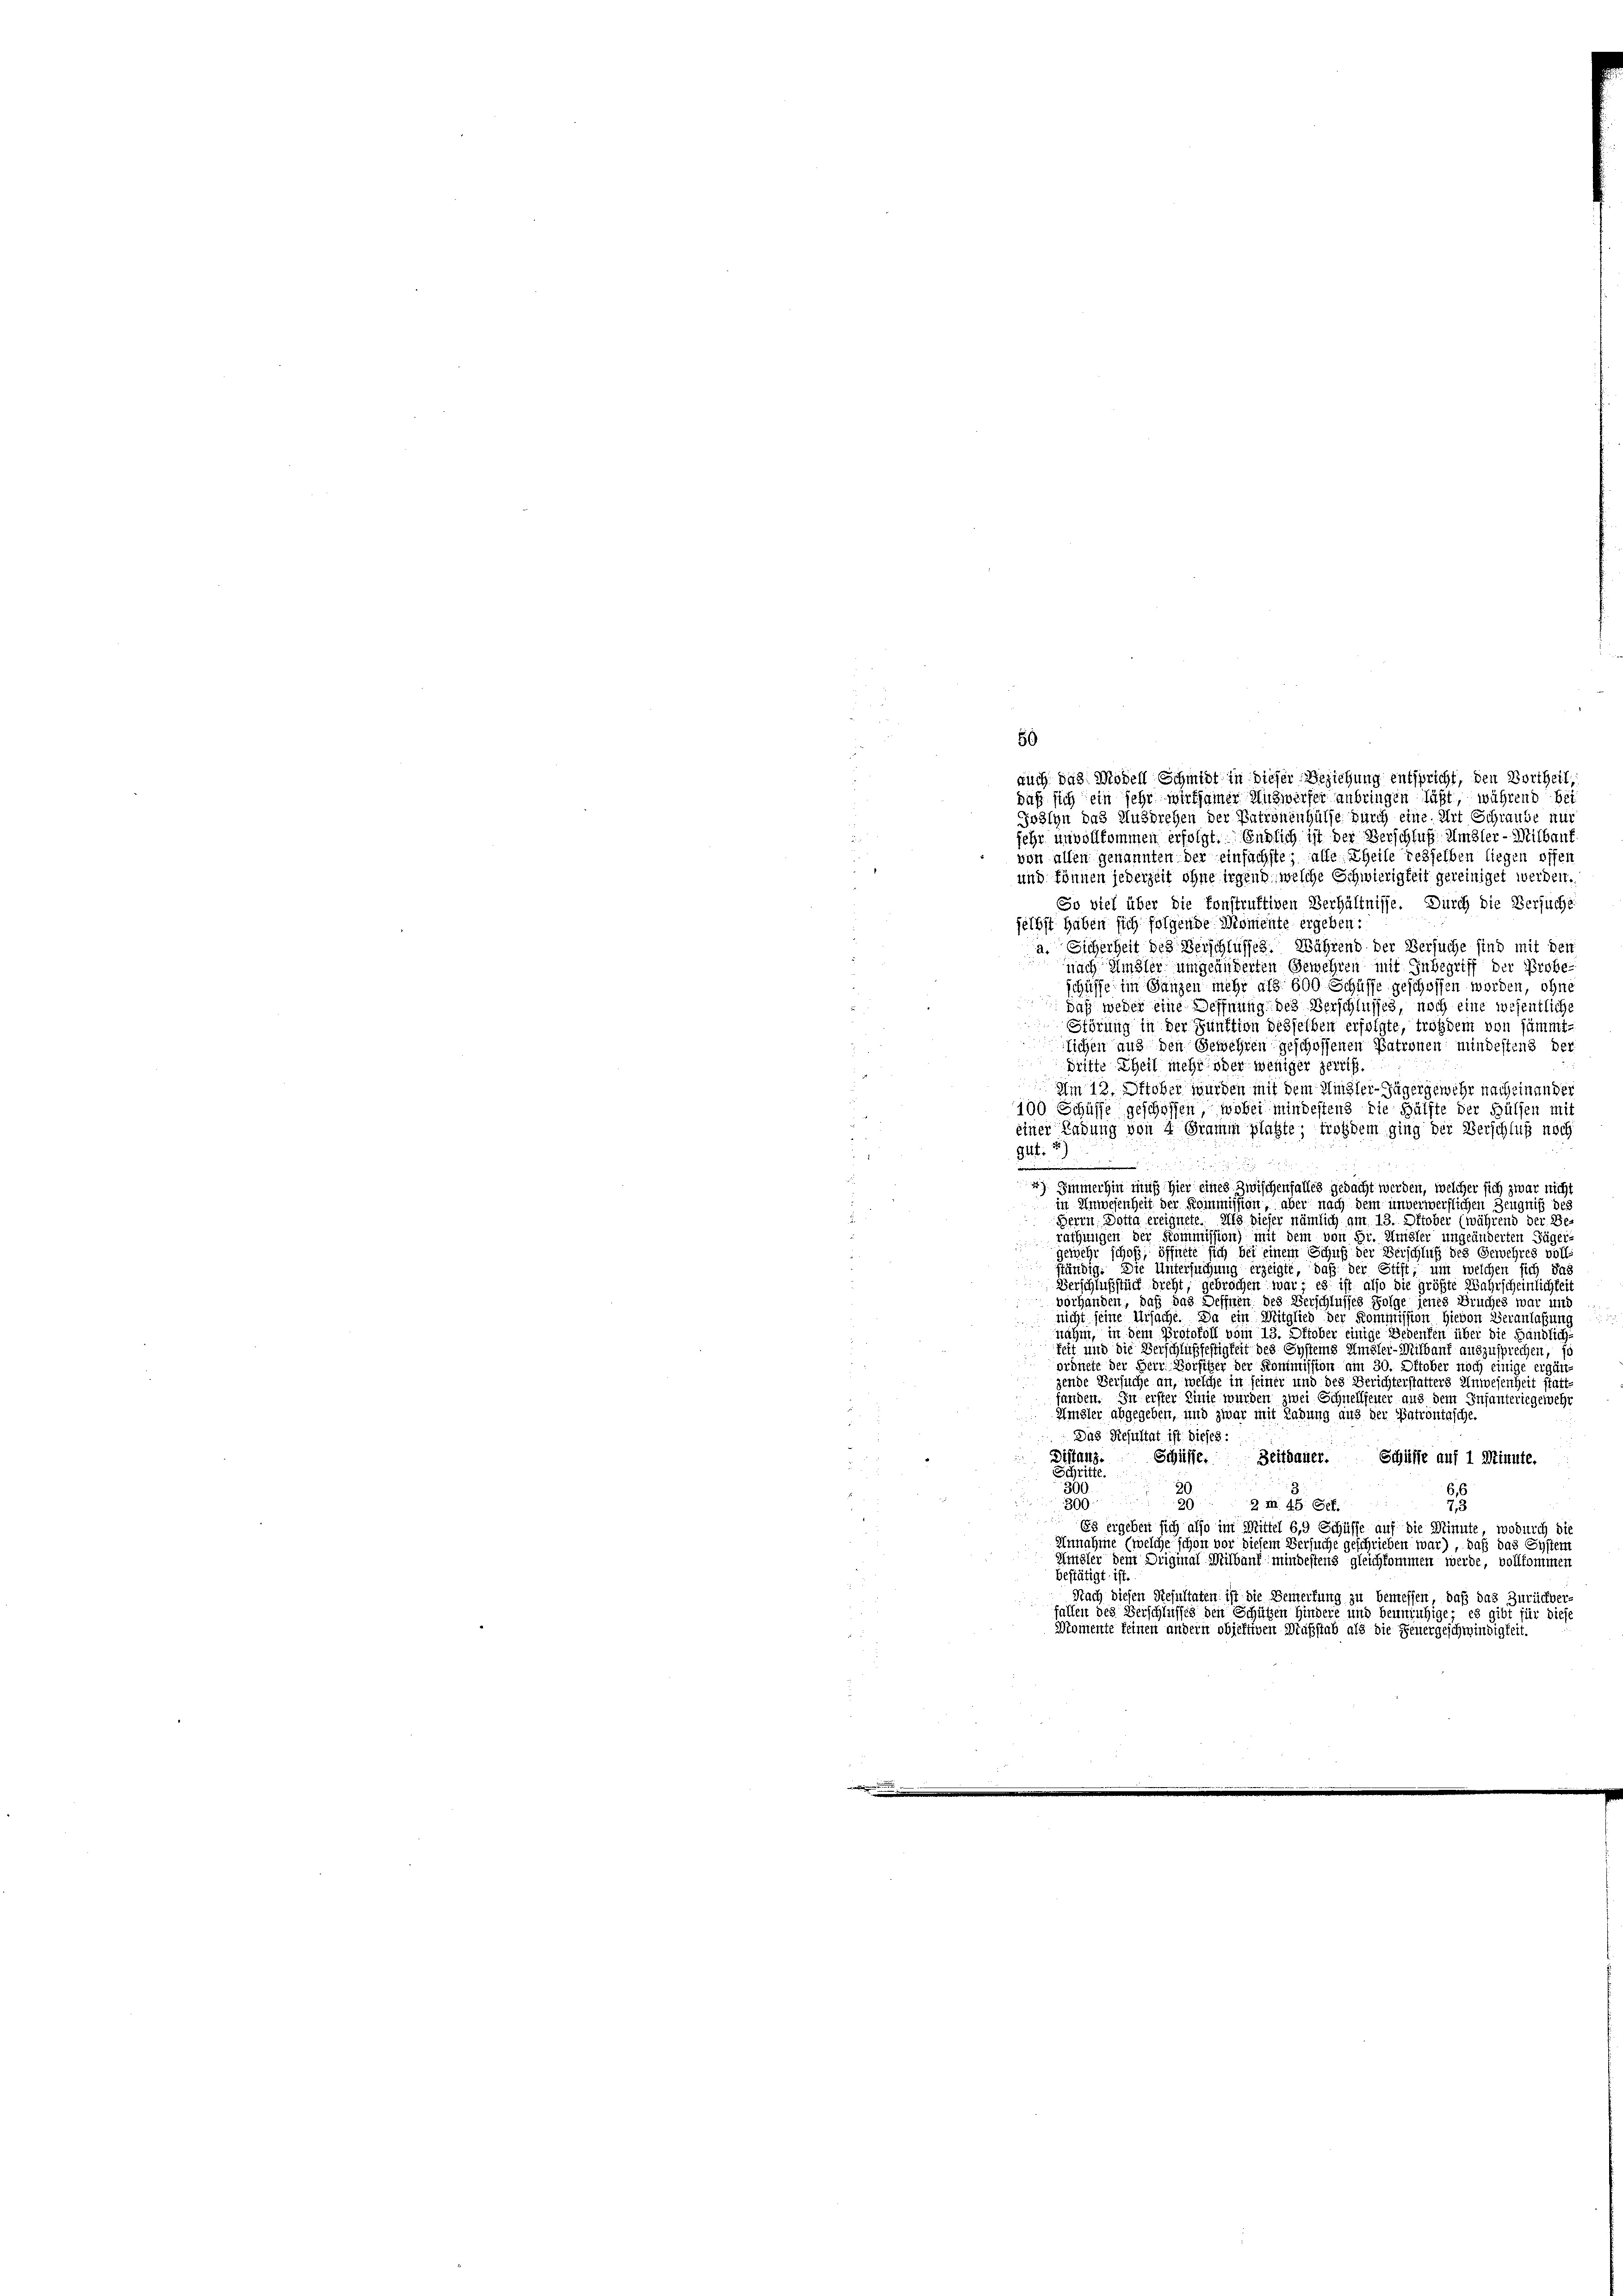
3
u
.
auch das Modell Schmidt in dieser Beziehung entspricht, den Vortheil,
daß sich ein sehr wirtsamer Auswerfer anbringen läßt, während bei
Joslyn das Ausbrehen der Patronenhülfe durch eine Art Schraube nur
fehr unvollkommen erfolgt. Endlich ist der Verschluß. Umster-Milbaut
u
von allen genannten der einfachste; alle Theile desselben liegen offen
.
und können jederzeit ohne irgend, welche Schwierigkeit gereiniget werden.
So viel über die konstruktiven Verhältnisse. Durch die Versuchs
selbst haben sich folgende Momente ergeben:
a. Eicherheit des Verschlusses. Während der Versuche sind mit den
i
nach Umster umgeänderten Gewehren mit Inbegriff der Probe-
d
schüsse im Ganzen mehr als 600 Schüffe geschossen worden, ohne
daß weder eine Oeffnung des Verschlusses, noch eine wesentliche
e
Störung in der Punktion desselben erfolgte, trotzdem von sämmt
lichen aus den Gewehren geschossenen Patronen mindestens der
dritte Theil mehr oder weniger zerris.

Am 12. Oktober wurden mit dem Hinzlei- Jäger gewehr nach einander
100 Schüsse geschoffen, wobei mindestens die Hälfte der Hülfen mi
einer Ladung von 4 Gramm plagte, trotzdem ging der Verschluß noch
gut.
2
.
2) Immerhin muß hier eines Zwischenfalles gedacht werden, welcher sich zwar nich
in Anwesenheit der Kommission, aber nach dem unverwerflichen Zeugniß des
Herrn Dotta ereignete. Als dieser nämlich am 13. Oktober (während der Berathungen der Kommission) mit dem von Sr. Amsler ungeänderten Täge
gewehr schoß; öffelte sich bei einem Schuß der Verschluß des Gewehres voll
ständig. Die Untersuchung erzeigte, daß der Stift, um welchen sich das
Verschlußstück dicht, gebrochen war; es ist also die größte Wahrscheinlichkeit
vorhanden, daß das Deffnen des Verschlusses Folge jenes Bruches war und
nicht seine Ursache. Da ein Mitglied der Kommission hievon Veranlassung
nahm, in dem Protokoll vom 13. Oktober einige Bedenfen über die Händlich-
keit und die Verschlußfeftigkeit des Systems Umster-Milbaut auszusprechen, i
d
ordnete der Herr Vorsitzer der Kommission am 30. Oktober noch einige ergän-
zende Versuche an, welche in seiner und des Berichterstatters Anwesenheit stattfanden. In erster Linie wurden zwei Schnellfeuer aus dem Infanteriegewehr
Amsler abgegeben, und zwar mit Labung aus der Patrontasche.
Das Resultat ist dieses :
5
Distanz
Schüsse. Zeitdauer. Schüsse auf 1 Minute.
5
Schrit
300
2
.
30929 2 m 45. Gef.
7,3
Es ergeben sich also im Mittel 6,9 Schüsse auf die Minute, wodurch die
Unnahme (welche schon vor diesem Versuche geschrieben war), daß das System
Amsler dem Dugmal Milbaut mindestens gleichkommen werde, vollkommen
bestätigt ist.
Nach diesen Resultaten ist die Benterfung zu bemessen, daß das Zurückver-
fallen des Verschlusses den Schüßen Hindere und beunruhige; es gibt für diese
Momente keinen andern objektiven Maßstab als die Feuergeschwindigkeit.

50